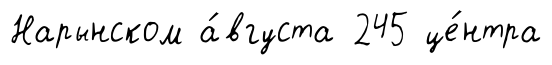
Нарынском а́вгуста 245 це́нтра